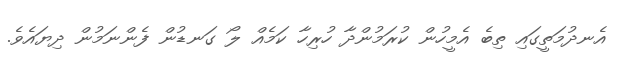
އެނދުމަތީގައި ތިބެ އެމީހުން ކުރަމުންދާ ހުރިހާ ކަމެއް ލޯ ގަނޑުން ފެންނަމުން ދިޔައެވެ.